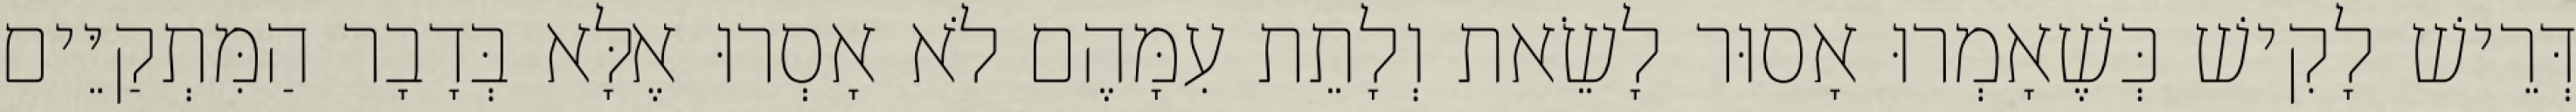
דְּרֵישׁ לָקִישׁ כְּשֶׁאָמְרוּ אָסוּר לָשֵׂאת וְלָתֵת עִמָּהֶם לֹא אָסְרוּ אֶלָּא בְּדָבָר הַמִּתְקַיֵּים